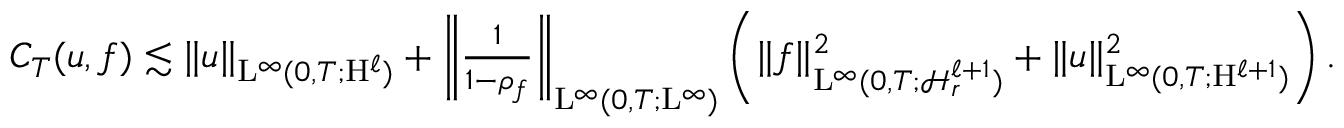
\begin{array} { r } { C _ { T } ( u , f ) \lesssim \Vert u \Vert _ { \mathrm { L } ^ { \infty } ( 0 , T ; \mathrm { H } ^ { \ell } ) } + \left\Vert \frac { 1 } { 1 - \rho _ { f } } \right\Vert _ { \mathrm { L } ^ { \infty } ( 0 , T ; \mathrm { L } ^ { \infty } ) } \left( \Vert f \Vert _ { \mathrm { L } ^ { \infty } ( 0 , T ; \mathcal { H } _ { r } ^ { \ell + 1 } ) } ^ { 2 } + \Vert u \Vert _ { \mathrm { L } ^ { \infty } ( 0 , T ; \mathrm { H } ^ { \ell + 1 } ) } ^ { 2 } \right) . } \end{array}